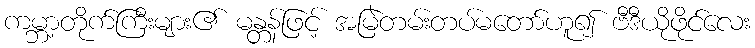
ကမ္ဘာ့တိုက်ကြီးများ၏ မန္တန်ဖြင့် အမြဲတမ်းတပ်မတော်ဟူ၍ ဗီဒီယိုဖိုင်လေး